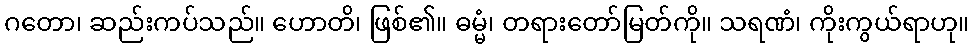
ဂတော၊ ဆည်းကပ်သည်။ ဟောတိ၊ ဖြစ်၏။ ဓမ္မံ၊ တရားတော်မြတ်ကို။ သရဏံ၊ ကိုးကွယ်ရာဟု။